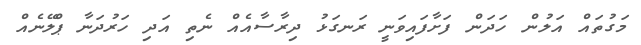
މަގުތައް އަލުން ހަދަން ފަށާފައިވަނީ ރަނގަޅު ދިރާސާއެއް ނެތި އަދި ހަރުދަނާ ޕްލޭނެއް